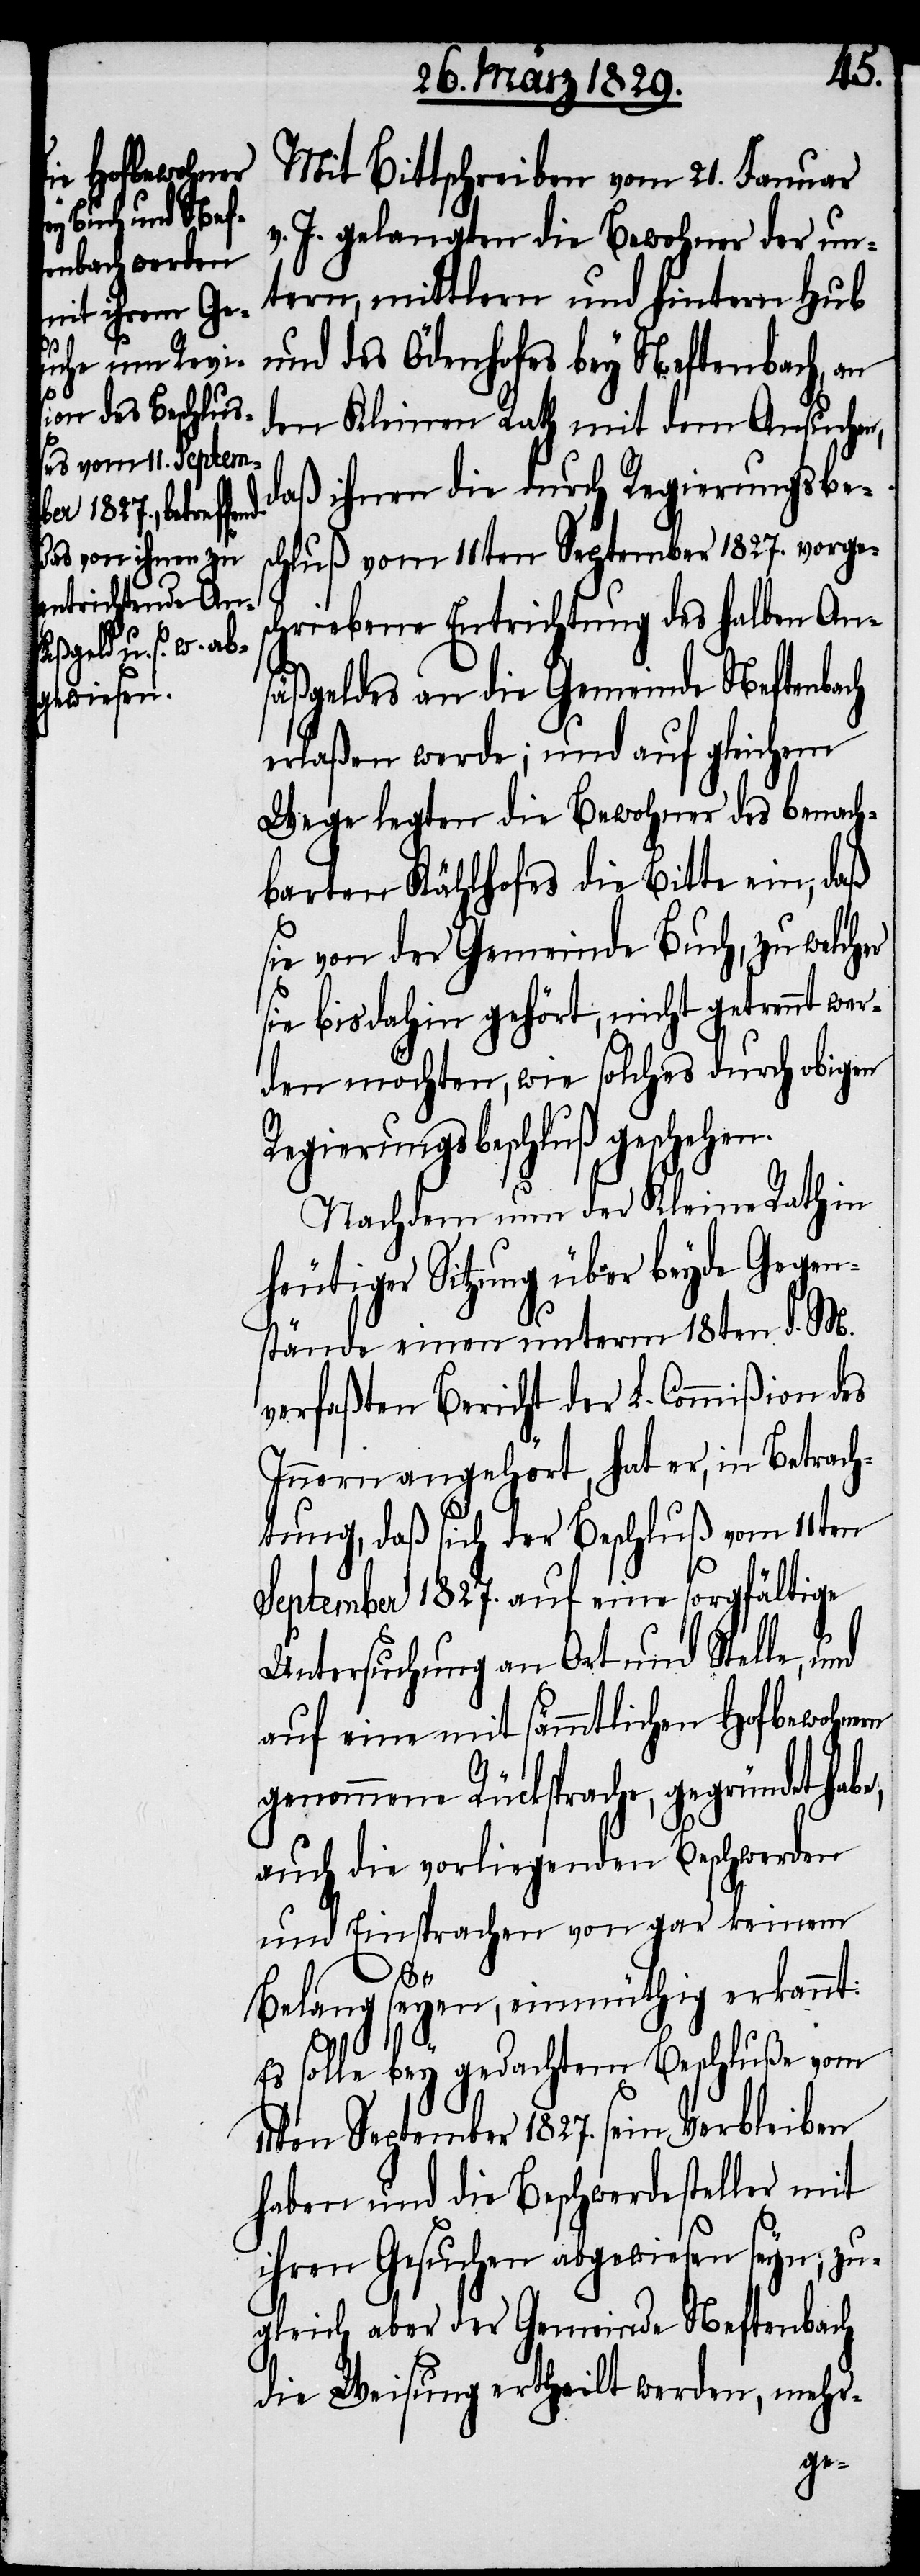
Mit Bittschreiben vom 21. Januar
v. J. gelangten die Bewohner der un¬
tern, mittlern und hintern Hub
und des Ödenhofes bey Neftenbach, an
den Kleinen Rath mit dem Ansuchen,
daß ihnen die durch Regierungsbe¬
chriebene Entrichtung des halben An¬
schluß vom
säßgeldes an die Gemeinde Neftenbach
erlaßen werde; und auf gleichem
Wege legten die Bewohner des benach¬
barten Kählhofes die Bitte ein, daß
sie von der Gemeinde Buch, zu welcher
sie bis dahin gehört, nicht getrennt wer¬
den möchten, wie solches durch obigen
Regierungsbeschluß geschehen.
Nachdem nun der Kleine Rath in
heutiger Sitzung über beyde Gegen¬
stände einen unterm 18ten d. M.
verfaßten Bericht der L. Commißion des
Innern angehört, hat er, in Betrach¬
tung, daß sich der Beschluß vom 11ten
September 1827. auf eine sorgfältige
Untersuchung an Ort und Stelle, und
auf eine mit sämmtlichen Hofbewohnern
genommene Rücksprache, gegründet
auch die vorliegenden Beschwerden
und Einsprachen von gar keinem
Belang seyen, einmüthig erkannt:
Es solle bey gedachtem Beschluße vom
11ten September 1827. sein Verbleiben
haben und die Beschwerdesteller mit
ihrem Gesuchen abgewiesen seyn, zu¬
gleich aber der Gemeinde Neftenbach
die Weisung ertheilt werden, mehr-